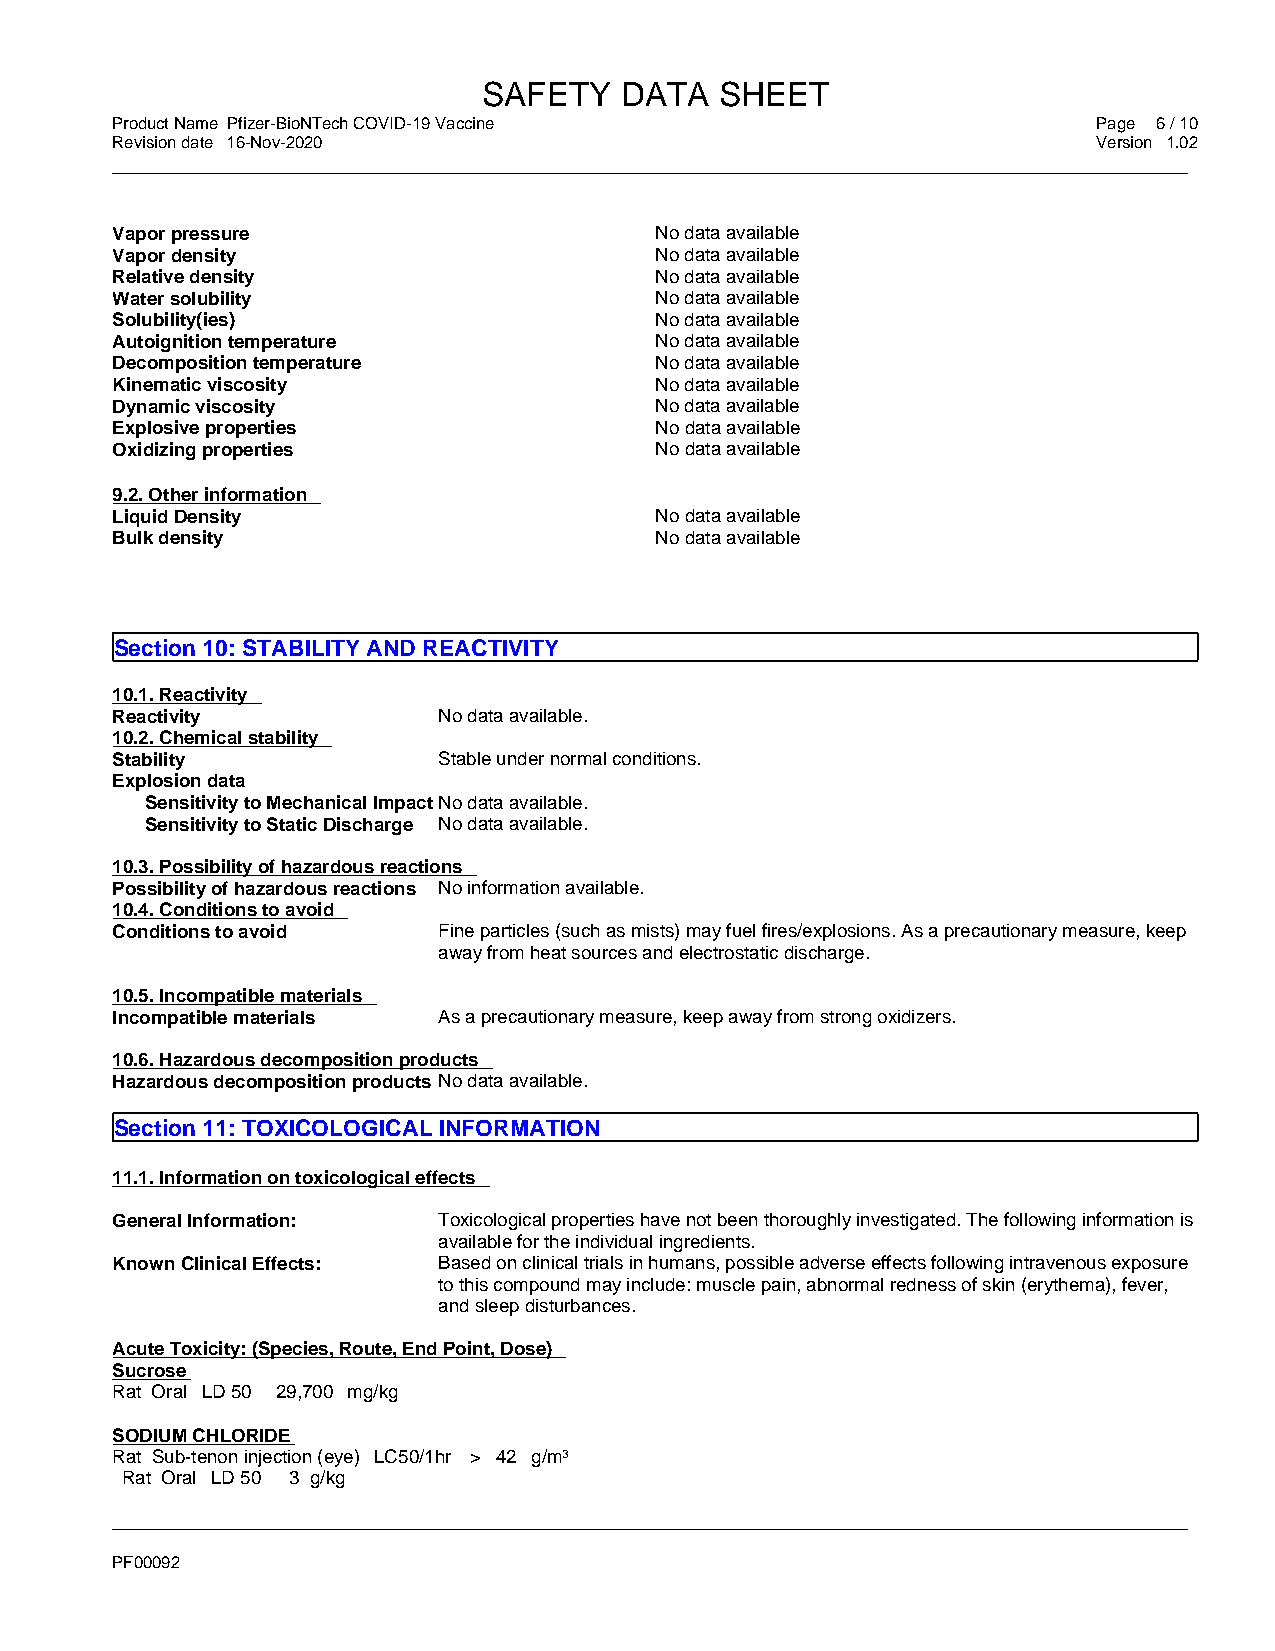
SAFETY   DATA   SHEET
 Product Name Pfizer-BioNTech COVID-19 Vaccine                     Page 6 / 10
 Revision date 16-Nov-2020                                         Version 1.02
 _____________________________________________________________________________________________
 Vapor pressure                      No data available
 Vapor density                       No data available
 Relative density                    No data available
 Water solubility                    No data available
 Solubility(ies)                     No data available
 Autoignition temperature            No data available
 Decomposition temperature           No data available
 Kinematic viscosity                 No data available
 Dynamic viscosity                   No data available
 Explosive properties                No data available
 Oxidizing properties                No data available
 9.2. Other information
 Liquid Density                      No data available
 Bulk density                        No data available
 Section 10: STABILITY AND REACTIVITY
 10.1. Reactivity
 Reactivity            No data available.
 10.2. Chemical stability
 Stability             Stable under normal conditions.
 Explosion data
 Sensitivity to Mechanical Impact No data available.
 Sensitivity to Static Discharge No data available.
 10.3. Possibility of hazardous reactions
 Possibility of hazardous reactions No information available.
 10.4. Conditions to avoid
 Conditions to avoid   Fine particles (such as mists) may fuel fires/explosions. As a precautionary measure, keep
 away from heat sources and electrostatic discharge.
 10.5. Incompatible materials
 Incompatible materials As a precautionary measure, keep away from strong oxidizers.
 10.6. Hazardous decomposition products
 Hazardous decomposition products No data available.
 Section 11: TOXICOLOGICAL INFORMATION
 11.1. Information on toxicological effects
 General Information:  Toxicological properties have not been thoroughly investigated. The following information is
 available for the individual ingredients.
 Known Clinical Effects: Based on clinical trials in humans, possible adverse effects following intravenous exposure
 to this compound may include: muscle pain, abnormal redness of skin (erythema), fever,
 and sleep disturbances.
 Acute Toxicity: (Species, Route, End Point, Dose)
 Sucrose
 Rat Oral LD 50 29,700 mg/kg
 SODIUM CHLORIDE
 Rat Sub-tenon injection (eye) LC50/1hr > 42 g/m3
 Rat Oral LD 50 3 g/kg
 _____________________________________________________________________________________________
 PF00092